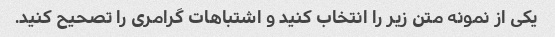
یکی از نمونه متن زیر را انتخاب کنید و اشتباهات گرامری را تصحیح کنید.